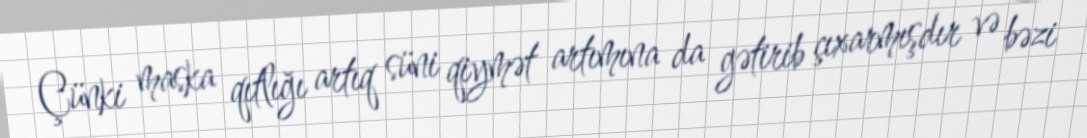
Çünki maska qıtlığı artıq süni qiymət artımına da gətirib çıxarmışdır və bəzi